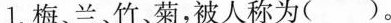
1.梅、兰、竹、菊，被人称为()。